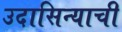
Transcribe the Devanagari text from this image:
उदासिन्याची